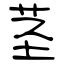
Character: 茎